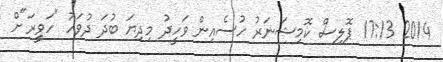
2014 17:13 ޕޮލިސް ކޮމިޝަނަރު ހުސެއިން ވަހީދު މިދިޔަ ބުދަ ދުވަހު "ހަވީރަ"ށް